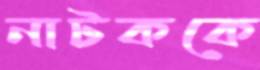
নাটককে